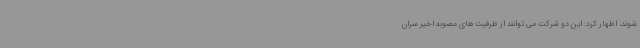
شوند، اظهار کرد: این دو شرکت می توانند از ظرفیت های مصوبه اخیر سران